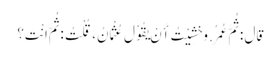
قَالَ : ثُمَّ عُمَرُ. وَخَشِیْتُ أَنْ یَقُوْلَ عُثْمَانُ، قُلْتُ : ثُمَّ انْتَ؟